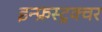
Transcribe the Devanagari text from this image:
इन्फ्रस्ट्रक्चर